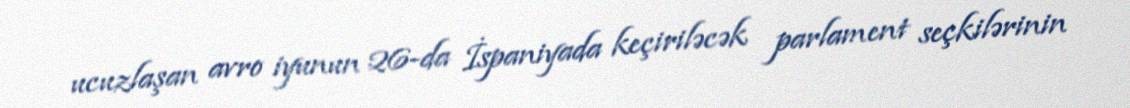
ucuzlaşan avro iyunun 26-da İspaniyada keçiriləcək parlament seçkilərinin